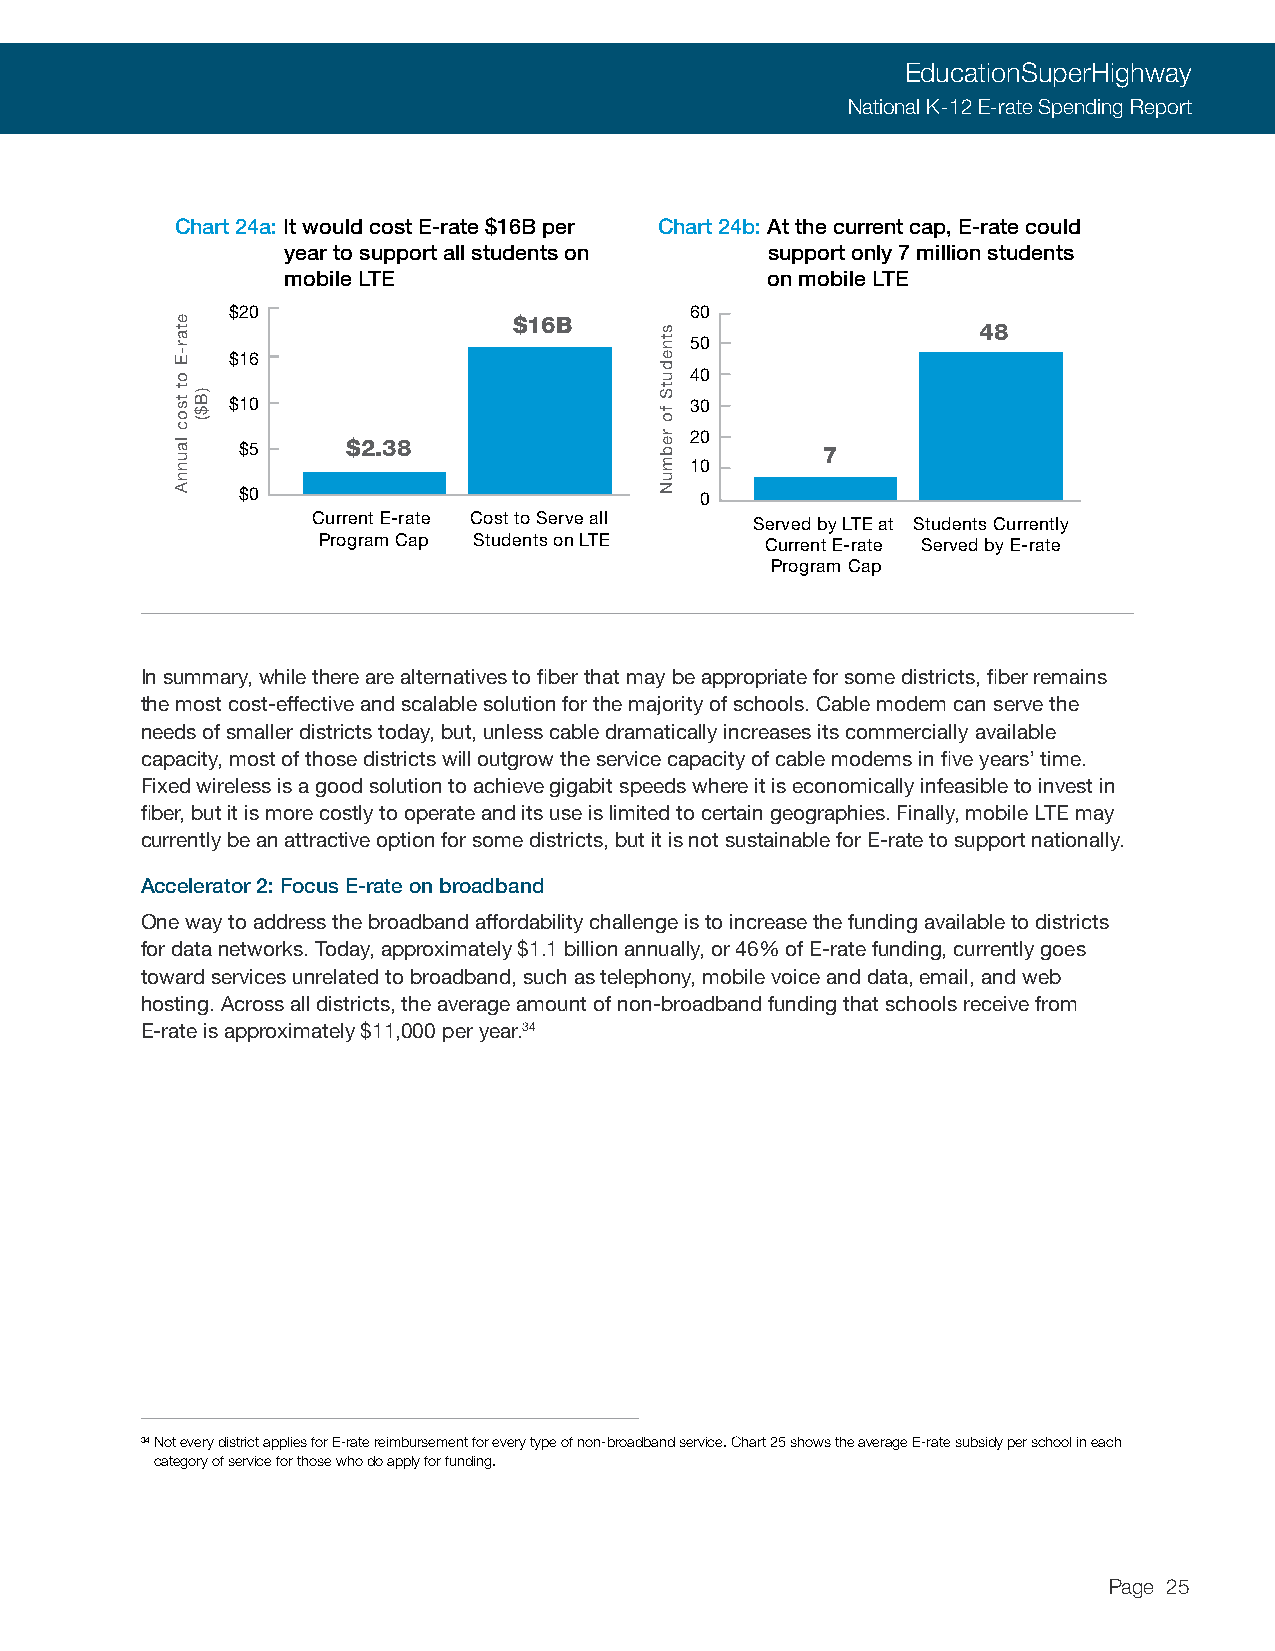
EducationSuperHighway
 National K-12 E-rate Spending Report
 Chart 24a: It would cost E-rate $16B per Chart 24b: At the current cap, E-rate could
 year to support all students on support only 7 million students
 mobile LTE                      on mobile LTE
 $20                            60
 $16B                           48
 50
 $16
 40
 $10                            30
 $5     $2.38                  20      7
 10
 $0                            0
 Current E-rate Cost to Serve all Served by LTE at Students Currently
 Program Cap Students on LTE   Current E-rate Served by E-rate
 Program Cap
 In summary, while there are alternatives to fiber that may be appropriate for some districts, fiber remains
 the most cost-effective and scalable solution for the majority of schools. Cable modem can serve the
 needs of smaller districts today, but, unless cable dramatically increases its commercially available
 capacity, most of those districts will outgrow the service capacity of cable modems in five years’ time.
 Fixed wireless is a good solution to achieve gigabit speeds where it is economically infeasible to invest in
 fiber, but it is more costly to operate and its use is limited to certain geographies. Finally, mobile LTE may
 currently be an attractive option for some districts, but it is not sustainable for E-rate to support nationally.
 Accelerator 2: Focus E-rate on broadband
 One way to address the broadband affordability challenge is to increase the funding available to districts
 for data networks. Today, approximately $1.1 billion annually, or 46% of E-rate funding, currently goes
 toward services unrelated to broadband, such as telephony, mobile voice and data, email, and web
 hosting. Across all districts, the average amount of non-broadband funding that schools receive from
 E-rate is approximately $11,000 per year.34
 34 Not every district applies for E-rate reimbursement for every type of non-broadband service. Chart 25 shows the average E-rate subsidy per school in each
 category of service for those who do apply for funding.
 Page 25
 etar-E
 ot
 tsoc
 launnA
 )B$(
 stnedutS
 fo
 rebmuN